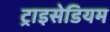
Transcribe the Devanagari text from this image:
ट्राइसेडियम